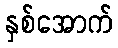
နှစ်အောက်